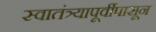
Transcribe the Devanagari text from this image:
स्वातंत्र्यापूर्वीपासून